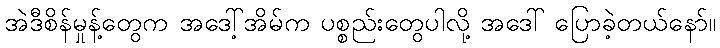
အဲဒီစိန်မှုန့်တွေက အဒေါ့်အိမ်က ပစ္စည်းတွေပါလို့ အဒေါ် ပြောခဲ့တယ်နော်။